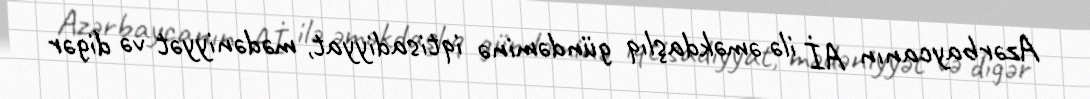
Azərbaycanın Aİ ilə əməkdaşlıq gündəminə iqtisadiyyat, mədəniyyət və digər